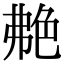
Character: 艴